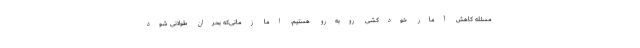
مسئله کاهش آمار خودکشی روبه‌رو هستیم. اما زمانی‌که بحران طولانی شود